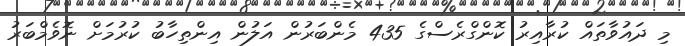
މި ދައުވާތައް ކުރާއިރު ކޮންގްރެސްގެ 435 މެންބަރުން އަލުން އިންތިހާބު ކުރުމަށް ނޮވެމްބަރު